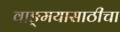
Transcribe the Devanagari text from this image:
वाङ्‌मयासाठीचा